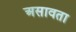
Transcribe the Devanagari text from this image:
असावता